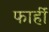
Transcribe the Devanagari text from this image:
फार्ही